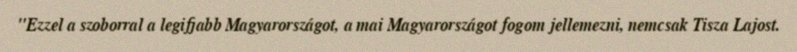
"Ezzel a szoborral a legifjabb Magyarországot, a mai Magyarországot fogom jellemezni, nemcsak Tisza Lajost.